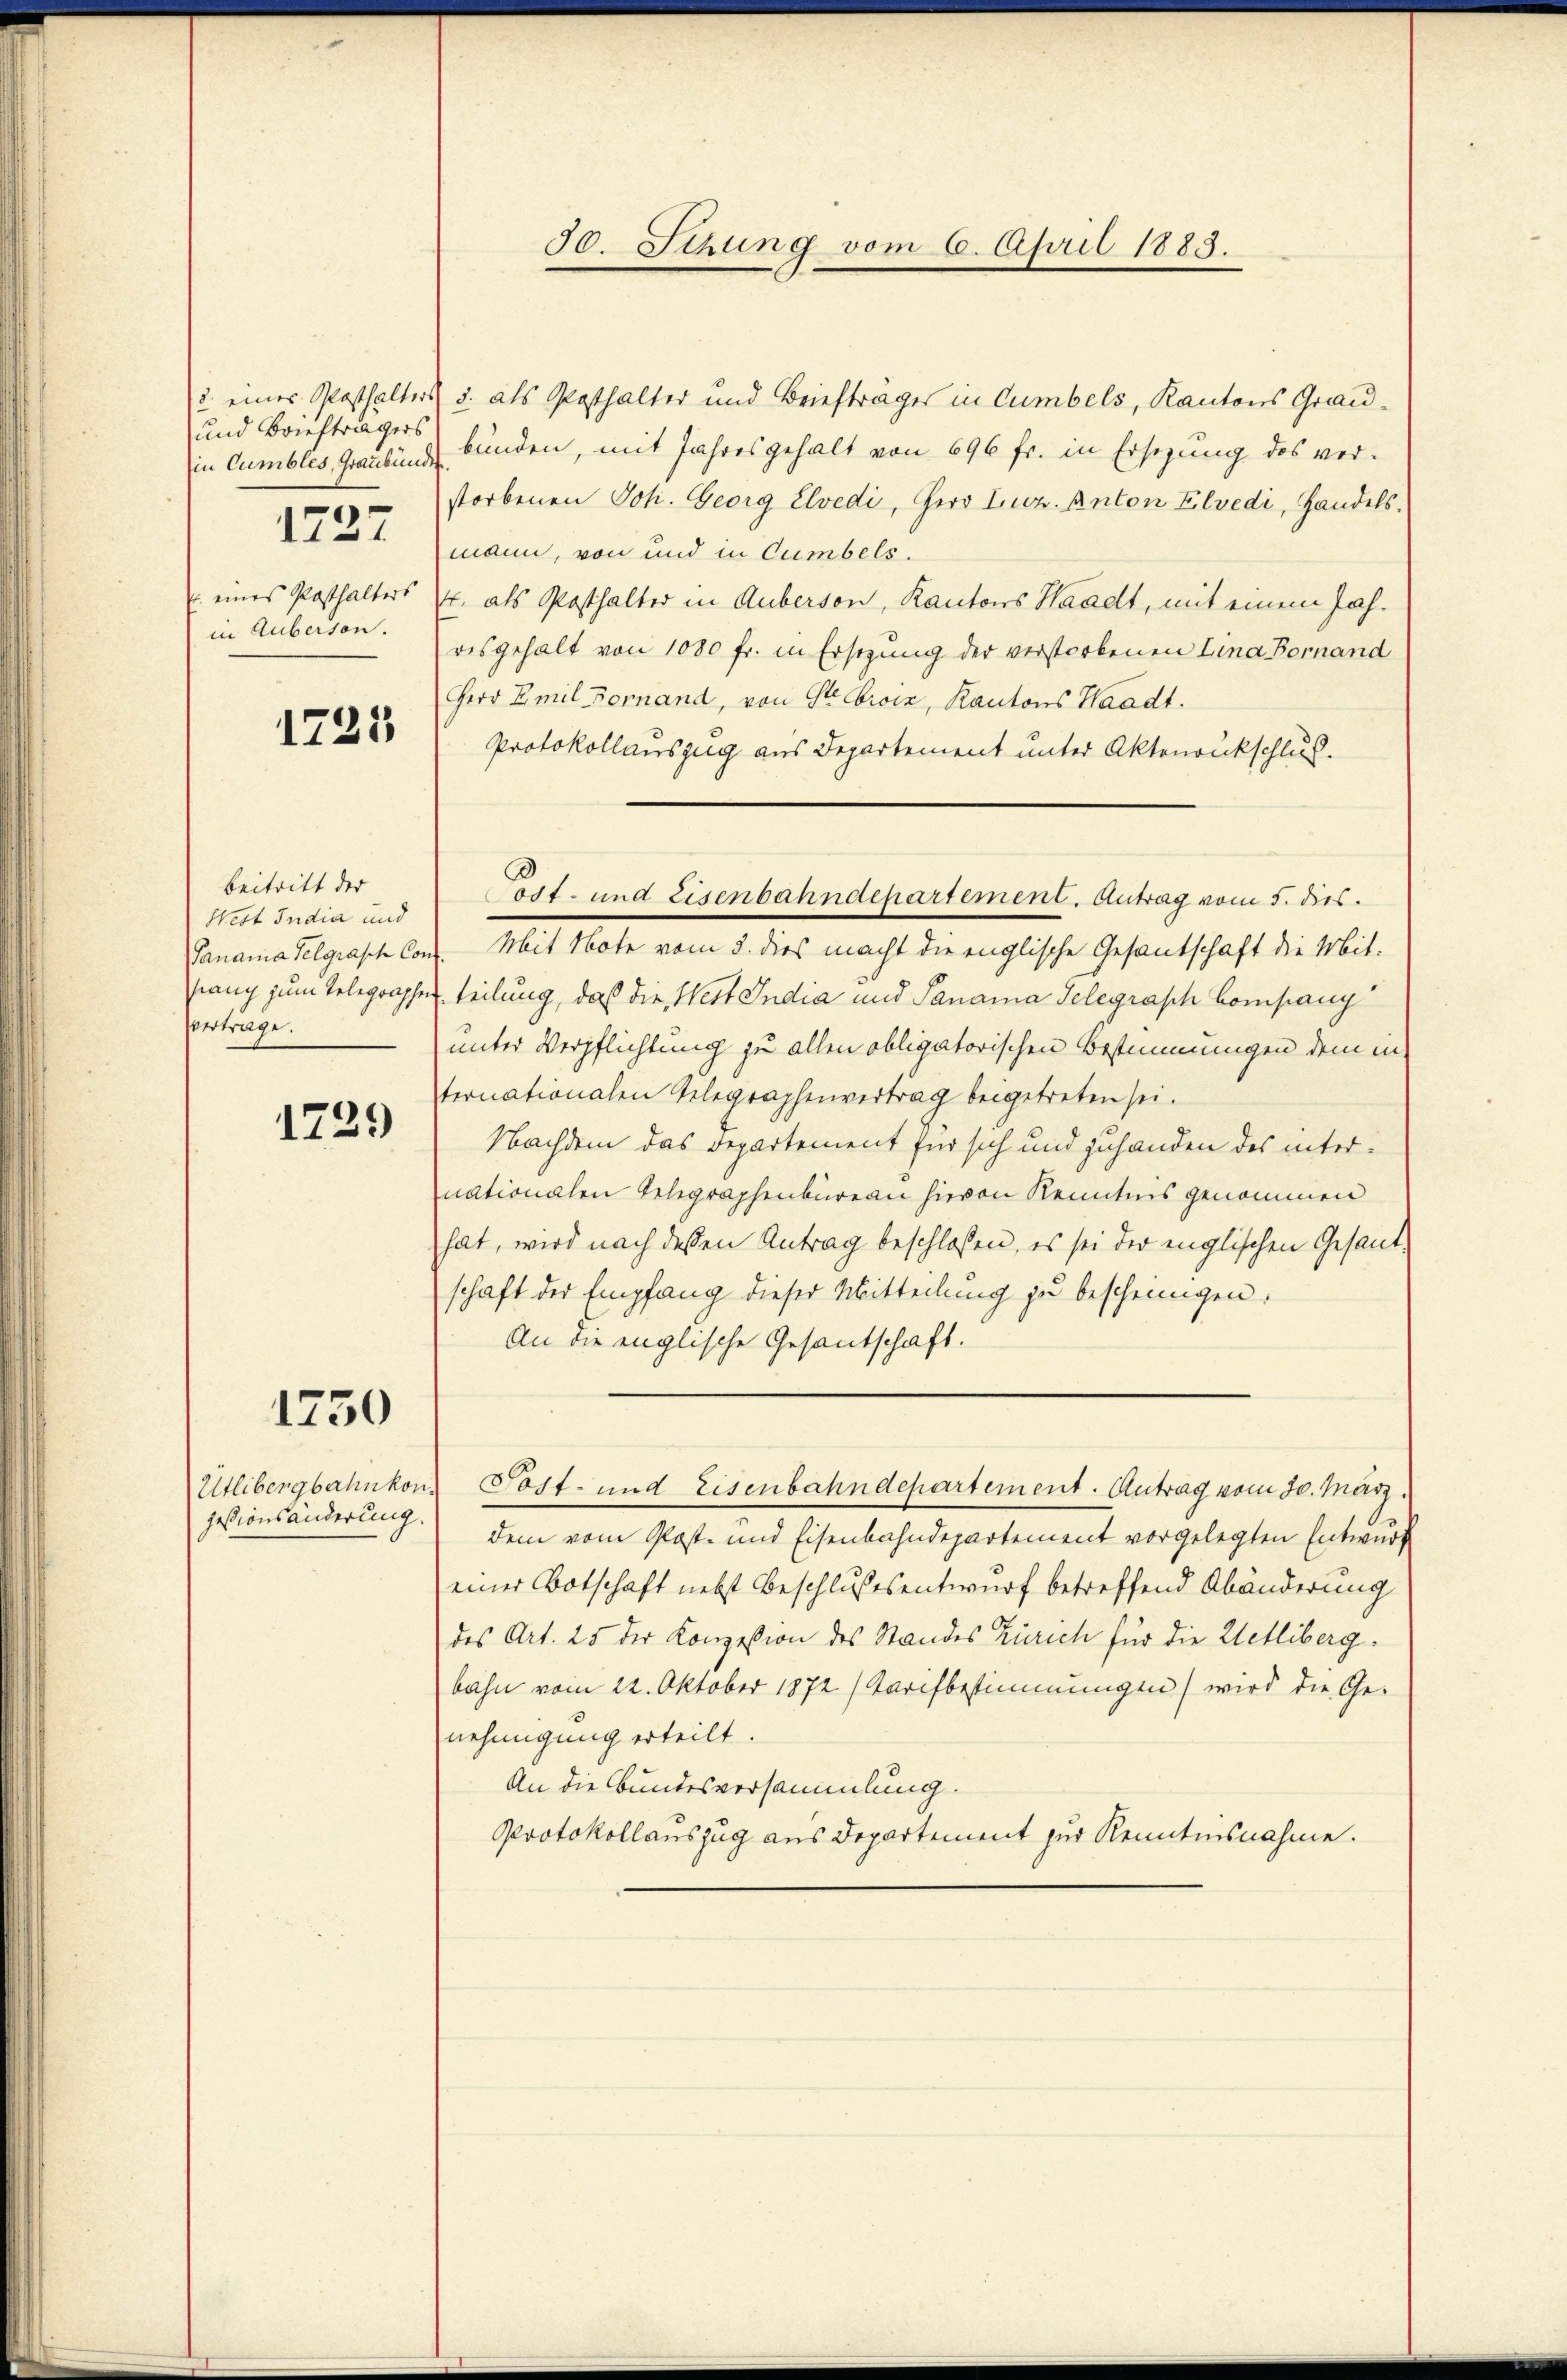
und Briefträgers
in Cumbles, Graubünde
1727
in Auberson.

1721

Beitritt der
West India und
vertrage.

1729

1750

2. eines Posthalters u. als Posthalter und Brieftrages in Cumbels, Kantons Graubunden, mit Jahresgehalt von 696 fr. in Ersezung des verstorbenen Joh. Georg Elvedi, Herr Luz. Anton Elvedi, Handelsmann, von und in Cumbels.
u. eines Posthalters J. als Posthalter in Auberson, Kantons Waadt, mit einem Jahresgehalt von 1080 fr. in Ersezung der verstorbenen Lina Bornand
Herr Emil Fornand, von Giroiz, Kantons Waadt.
Protokollauszug aus Departement unter Aktenrückschluß.
Panama Selgrasch Cont. Mit Note vom 3. dies macht die englische Gesantschaft die Mit-
hang zum Telegraphen Teilung, daß die Wert India und Sanaina Telegraph Company
unter Verpflichtung zu allen obligatorischen Bestimmungen dem in
ternationalen Telegraphenvertrag beigetreten sei.
Nachdem das Departement für sich und zuhanden des internationalen Gelegraphenbureau hievon Kenntnis genommen
hat, wird nach dessen Antrag beschlossen, es sei der englischen Gesandschaft der Empfang dieser Mitteilung zu bescheinigen.
An die englische Gesantschaft.
Utlibergbahnkonz Sost- und Eisenbahndepartement. Antrag vom 30. März.
dem vom Post- und Eisenbahndepartement vorgelegten Entwurf
einer Botschaft nebst Beschlußesentwurf betreffend Abänderung
des Art. 25 der Konzession des Standes Zürich für die Uetliberg.
bahn vom 22. Oktober 1872 Tarifbestimmungen) wird die Ge-
nehmigung erteilt.
An die Bundesversammlung.
Protokollauszug aus Departement zur Kenntnisnahme.

jeßionsänderung.

30. Sitzung vom 6. April 1883.

Post- und Eisenbahndepartement. Antrag vom 5. dies